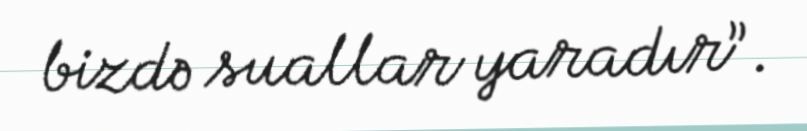
bizdə suallar yaradır”.